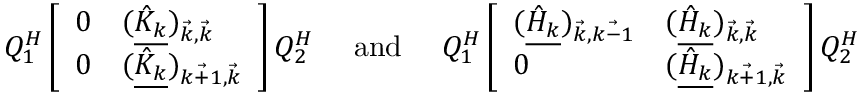
Q _ { 1 } ^ { H } \left[ \begin{array} { l l } { 0 } & { ( \underline { { \hat { K } _ { k } } } ) _ { \vec { k } , \vec { k } } } \\ { 0 } & { ( \underline { { \hat { K } _ { k } } } ) _ { \vec { k + 1 } , \vec { k } } } \end{array} \right] Q _ { 2 } ^ { H } \quad \mathrm { ~ a n d ~ } \quad Q _ { 1 } ^ { H } \left[ \begin{array} { l l } { ( \underline { { \hat { H } _ { k } } } ) _ { \vec { k } , \vec { k - 1 } } } & { ( \underline { { \hat { H } _ { k } } } ) _ { \vec { k } , \vec { k } } } \\ { 0 } & { ( \underline { { \hat { H } _ { k } } } ) _ { \vec { k + 1 } , \vec { k } } } \end{array} \right] Q _ { 2 } ^ { H }